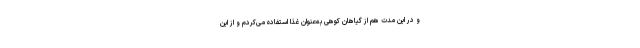
و در این مدت هم از گیاهان کوهی به‌عنوان غذا استفاده می‌کردم و از این